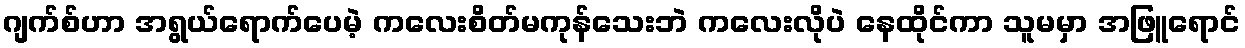
ဂျက်စ်ဟာ အရွယ်ရောက်ပေမဲ့ ကလေးစိတ်မကုန်သေးဘဲ ကလေးလိုပဲ နေထိုင်ကာ သူမမှာ အဖြူရောင်